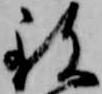
致